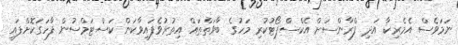
ނަމަވެސް އެމެރިކާ އަދި ފްރާންސަށް އެކްސްޕޯޓުކުރި މަހުގެ ބާވަތްތައް އިތުރުވެފައިވާކަން ކަސްޓަމްސުން ފާހަގަކޮށްފައި